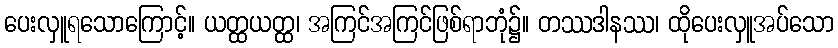
ပေးလှူရသောကြောင့်။ ယတ္ထယတ္ထ၊ အကြင်အကြင်ဖြစ်ရာဘုံ၌။ တဿဒါနဿ၊ ထိုပေးလှူအပ်သော